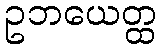
ဥဘယေတ္ထ